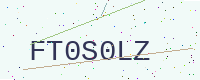
Text: FT0S0LZ